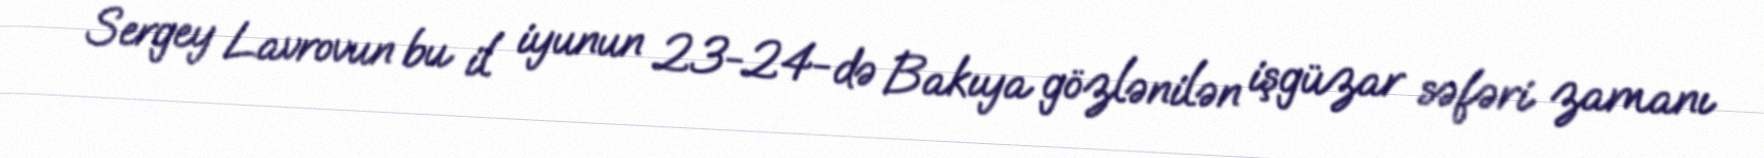
Sergey Lavrovun bu il iyunun 23-24-də Bakıya gözlənilən işgüzar səfəri zamanı